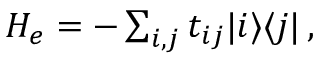
\begin{array} { r } { H _ { e } = - \sum _ { i , j } t _ { i j } \vert i \rangle \langle j \vert \, , } \end{array}